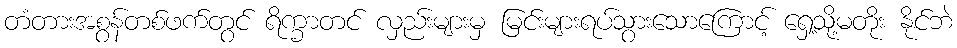
တံတားအစွန်တစ်ဖက်တွင် ရိက္ခာတင် လှည်းများမှ မြင်းများရပ်သွားသောကြောင့် ရှေ့သို့မတိုး နိုင်ဘဲ